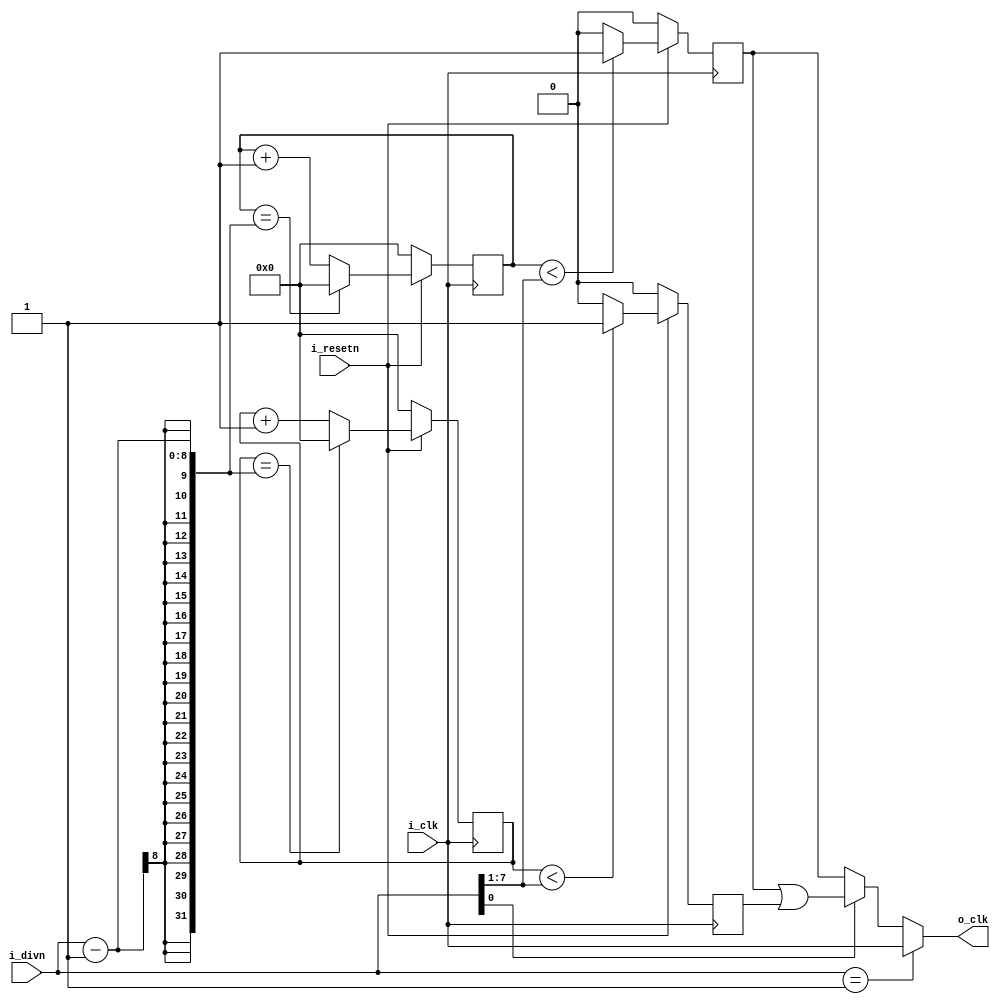
//copy from https://www.cnblogs.com/shengansong/archive/2012/04/25/2469795.html
//clk_divn.v / Verilog

module clk_divn
#(parameter CLK_DIVN_WIDTH = 8)
(
    input i_clk,
    input i_resetn,
    input [CLK_DIVN_WIDTH-1:0] i_divn,
    output o_clk
);

// parameter N     = 3;

reg [CLK_DIVN_WIDTH-1:0] s_cnt_p;// 
reg [CLK_DIVN_WIDTH-1:0] s_cnt_n;// 
reg             s_clk_p;// 
reg             s_clk_n;// 

//N==1N[0]1
assign o_clk = (i_divn == 1) ? i_clk : (i_divn[0]) ? (s_clk_p | s_clk_n) : (s_clk_p);

always @(posedge i_clk) begin
    if (!i_resetn) begin
        s_cnt_p <= 0;
    end
    else if (s_cnt_p == (i_divn-1)) begin
        s_cnt_p <= 0;
    end
    else begin
        s_cnt_p <= s_cnt_p + 1;
    end
end

always @(posedge i_clk)
begin
    if (!i_resetn) begin
        //001
        s_clk_p <= 0;
   end
   /*NN/2*/
   else if (s_cnt_p < (i_divn>>1)) begin
       s_clk_p <= 1;
   end
   else begin
       s_clk_p <= 0;
   end
end

always @(negedge i_clk)
begin
    if (!i_resetn) begin
        s_cnt_n <= 0;
    end
    else if (s_cnt_n == (i_divn-1)) begin
        s_cnt_n <= 0;
    end
    else begin
        s_cnt_n <= s_cnt_n + 1;
    end
end

always @(negedge i_clk) begin
    if (!i_resetn) begin
        s_clk_n <= 0;
    end
    else if (s_cnt_n < (i_divn>>1)) begin
        s_clk_n <= 1;
    end
    else begin
        s_clk_n <= 0;
    end
end

endmodule